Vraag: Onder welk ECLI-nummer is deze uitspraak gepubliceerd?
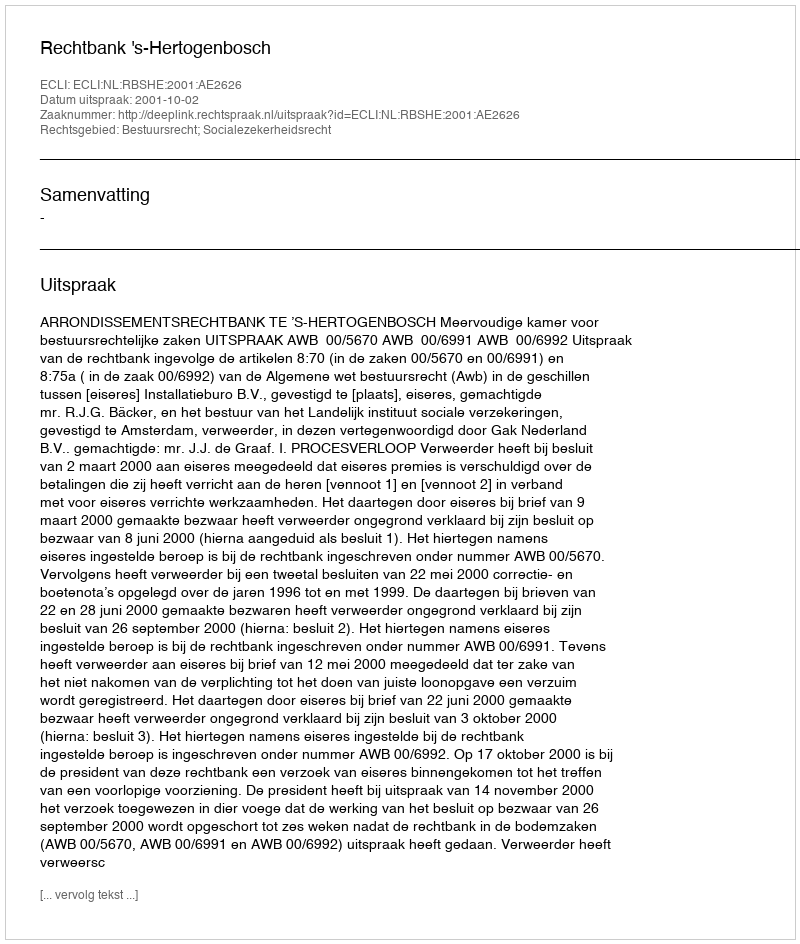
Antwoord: ECLI:NL:RBSHE:2001:AE2626